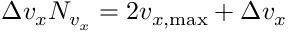
\Delta v _ { x } N _ { v _ { x } } = 2 v _ { x , \operatorname* { m a x } } + \Delta v _ { x }